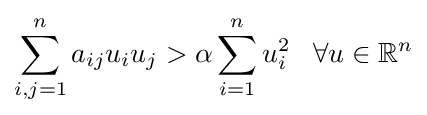
\sum _{i,j=1}^{n}a_{ij}u_{i}u_{j}>\alpha \sum _{i=1}^{n}u_{i}^{2}\;\;\;\forall u\in \mathbb {R} ^{n}